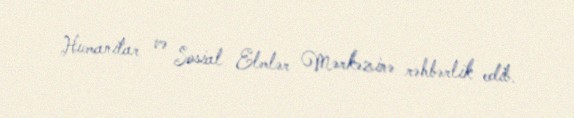
Humanitar və Sosial Elmlər Mərkəzinə rəhbərlik edib.